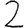
Digit: 2